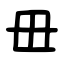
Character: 毌